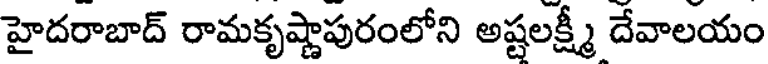
హైదరాబాద్ రామకృష్ణాపురంలోని అష్టలక్ష్మీ దేవాలయం